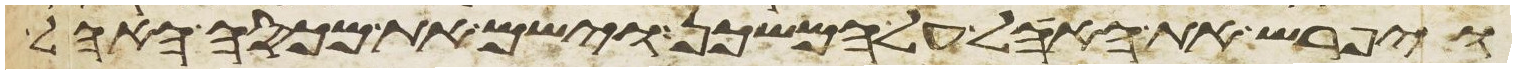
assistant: ויפרש את האהל על המשכן וישם את מכסה האהל